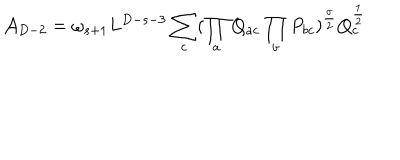
{ \cal A } _ { D - 2 } = \omega _ { s + 1 } L ^ { D - s - 3 } \sum _ { c } ( \prod _ { a } Q _ { a c } \prod _ { b } P _ { b c } ) ^ { \frac { \sigma } { 2 } } Q _ { c } ^ { \frac { 1 } { 2 } }